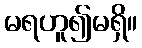
မရဟူ၍မရှိ။